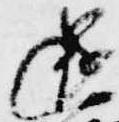
還